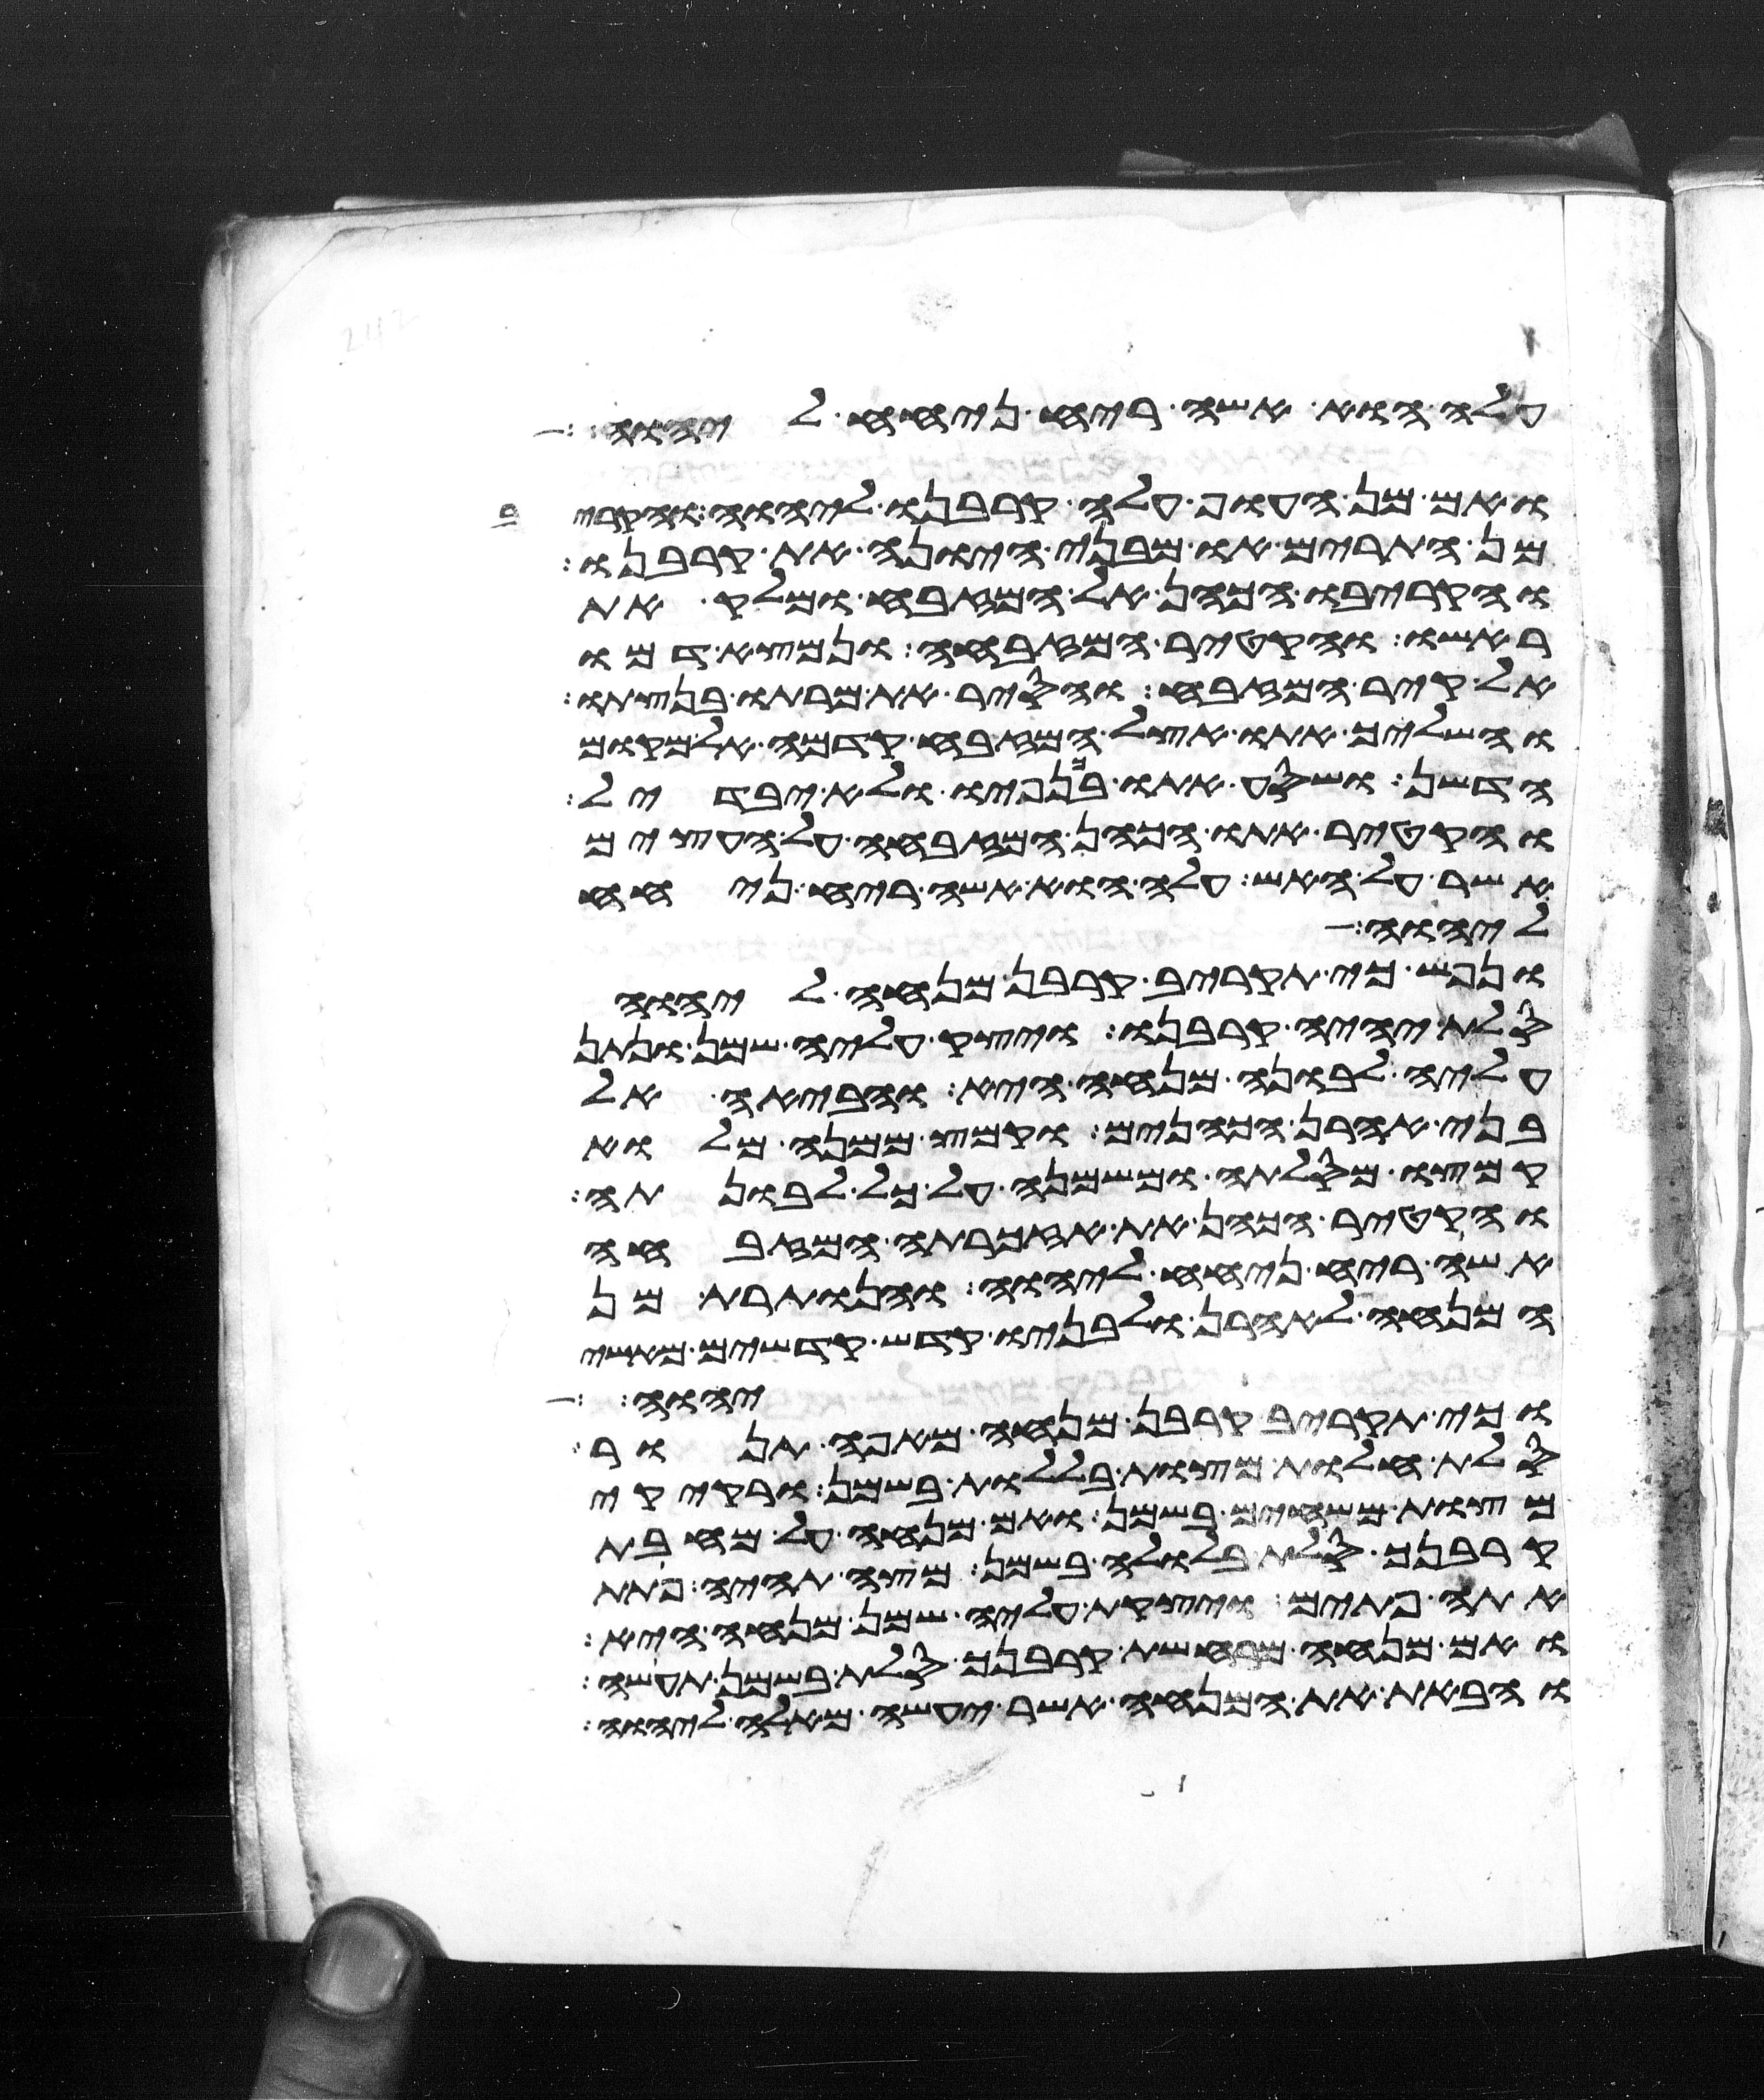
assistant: עלה הוא אשה ריח ניחח ליהוה
ואם מן העוף עלה קרבנו ליהוה והקריב
מן התרים או מבני היונה את קרבנו
והקריבו הכהן אל המזבח ומלק את
ראשו והקטיר המזבחה ונמצא דמו
אל קיר המזבח והסיר את מרתו בנצתו
והשליך אתו אצל המזבח קדמה אל מקום
הדשן ושסע אתו בכנפיו ולא יבדל
והקטיר אתו הכהן המזבחה על העצים
אשר על האש עלה הוא אשה ריח ניחח
ליהוה
ונפש כי תקריב קרבן מנחה ליהוה
סלת יהיה קרבנו ויצק עליה שמן ונתן
עליה לבונה מנחה היא והביאה אל
בני אהרן הכהנים וקמץ ממנה מלוא
קמצו מסלתה ומשמנה על כל לבונתה
והקטיר הכהן את אזכרתה המזבחה
אשה ריח ניחח ליהוה והנותרת מן
המנחה לאהרן ולבניו קדש קדשים מאשי
יהוה
וכי תקריב קרבן מנחה מאפה תנור
סלת חלות מצות בללות בשמן ורקיקי
מצות משחים בשמן ואם מנחה על מחבת
קרבנך סלת בלולה בשמן מצה תהיה פתת
אתה פתים ויצקת עליה שמן מנחה היא
ואם מנחה מרחשת קרבנך סלת בשמן תעשה
והבאת את המנחה אשר יעשה מאלה ליהוה